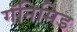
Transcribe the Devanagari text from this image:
गॅनिमिड